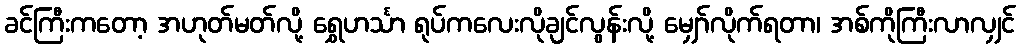
ခင်ကြီးကတော့ အဟုတ်မတ်လို့ ရွှေဟင်္သာ ရုပ်ကလေးလိုချင်လွန်းလို့ မျှော်လိုက်ရတာ၊ အစ်ကိုကြီးလာလျှင်